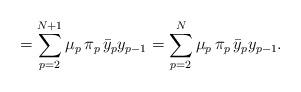
LaTeX: \begin{align*}=\sum_{p=2}^{N+1}\mu_{p}\,\pi_{p}\,\bar y_{p}y_{p-1}=\sum_{p=2}^{N}\mu_{p}\,\pi_{p}\,\bar y_{p}y_{p-1}.\end{align*}